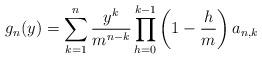
LaTeX: \begin{align*}g_n(y)=\sum_{k=1}^{n}\frac{y^k}{m^{n-k}}\prod_{h=0}^{k-1}\left(1-\frac{h}{m}\right)a_{n,k}\end{align*}